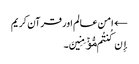
← امن عالم اور قرآن کریم
إِن کُنتُم مُّؤۡمِنِینَ۔